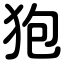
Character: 狍